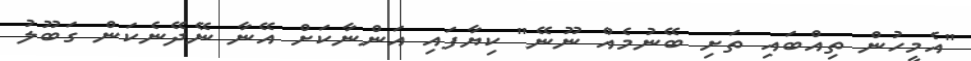
"އެމީހުން ތިއްބައި ތަށި ބޭނުމެއް ނޫނޭ" ކިޔާފައި އަންނާކަށް އޭނާ ނޭދޭނެކަން ގަބޫލު